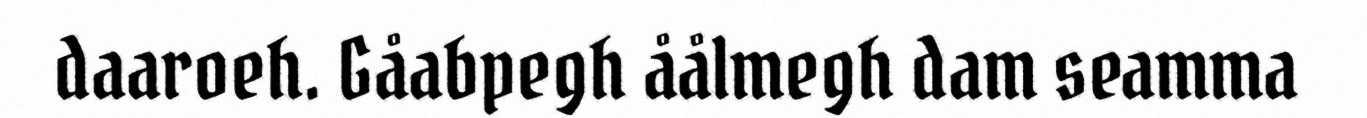
daaroeh. Gåabpegh åålmegh dam seamma